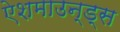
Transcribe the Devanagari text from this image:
ऐशमाउन्ड्स